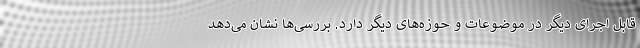
قابل اجرای دیگر در موضوعات و حوزه‌های دیگر دارد. بررسی‌ها نشان می‌دهد